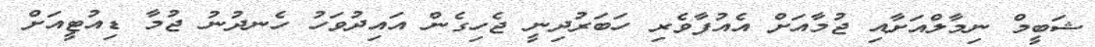
ޝަބީމް ނިމާލްއަށާއި ޖުމާއަށް އެއުފާވެރި ހަބަރުދިނީ ޖެހިގެން އައިދުވަހު ހެނދުނު ޖުމާ ޑިއުޓީއަށް